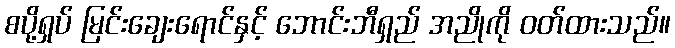
စပို့ရှပ် မြင်းချေးရောင်နှင့် ဘောင်းဘီရှည် အညိုကို ဝတ်ထားသည်။